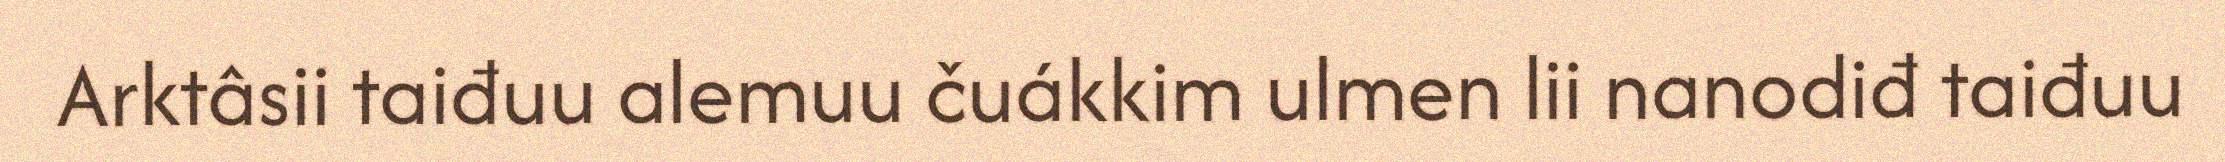
Arktâsii taiđuu alemuu čuákkim ulmen lii nanodiđ taiđuu